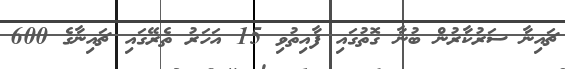
ޗައިނާ ސަރުކާރުން ބުނާ ގޮތުގައި ފާއިތުވި 15 އަހަރު ތެރޭގައި ޗައިނާގެ 600